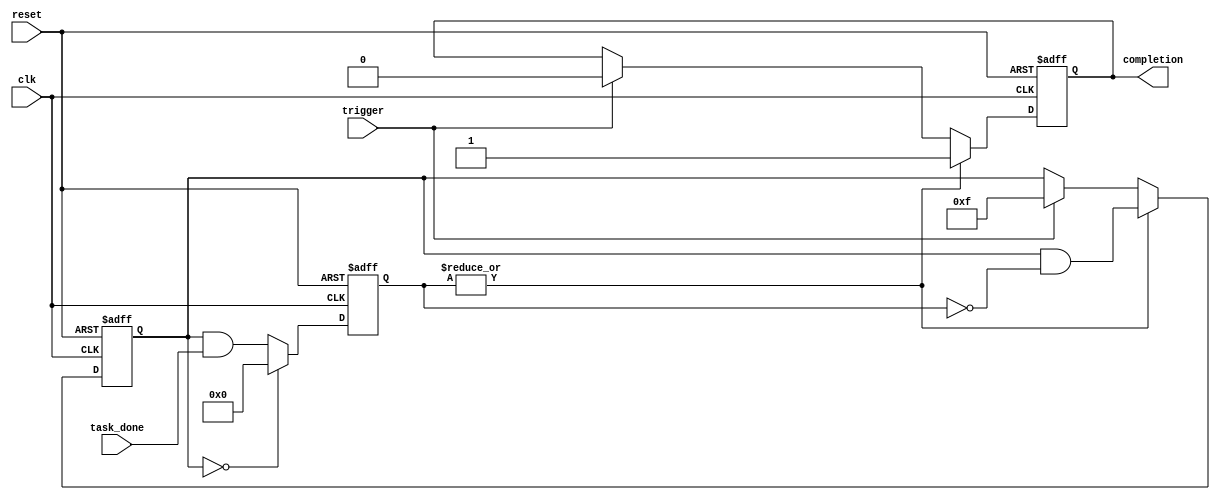
module Fork_Join_Any #(
    parameter NUM_TASKS = 4  // Number of parallel tasks
)(
    input wire clk,               // Clock signal
    input wire reset,             // Reset signal
    input wire trigger,           // Trigger signal to start tasks
    input wire [NUM_TASKS-1:0] task_done, // Completion signals from tasks
    output reg completion          // Completion signal
);

    // Internal state to track active tasks
    reg [NUM_TASKS-1:0] active_tasks;
    reg [NUM_TASKS-1:0] completed_tasks;

    // State machine to handle the Fork-Join behavior
    always @(posedge clk or posedge reset) begin
        if (reset) begin
            // Reset internal states
            active_tasks <= 0;
            completed_tasks <= 0;
            completion <= 0;
        end else begin
            if (trigger) begin
                // Forking tasks: mark all tasks as active
                active_tasks <= {NUM_TASKS{1'b1}};
                completion <= 0; // Reset completion signal
            end

            // Check for task completions
            completed_tasks <= active_tasks & task_done;

            // If any task has completed, set completion signal
            if (|completed_tasks) begin
                completion <= 1; // Assert completion signal
                // Optionally, clean up the active tasks
                active_tasks <= active_tasks & ~completed_tasks; // Remove completed tasks
            end

            // If all tasks are completed, reset the active tasks
            if (active_tasks == 0) begin
                completed_tasks <= 0; // Clear completed tasks
            end
        end
    end

endmodule